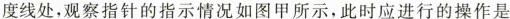
度线处，观察指针的指示情况如图甲所示，此时应进行的操作是